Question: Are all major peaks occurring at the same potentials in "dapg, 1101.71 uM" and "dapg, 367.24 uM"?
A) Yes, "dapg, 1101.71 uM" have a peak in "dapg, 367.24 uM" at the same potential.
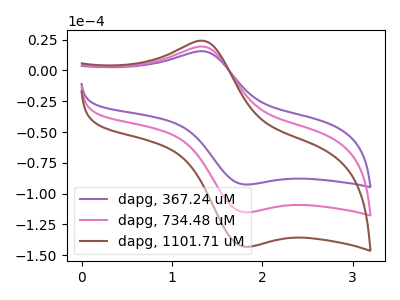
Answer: <think>The purple curve "dapg, 367.24 uM" has an anodic peak at (1.35V, 15.40uA) and a cathodic peak at (1.80V, -92.60uA). The pink curve "dapg, 734.48 uM" has an anodic peak at (1.35V, 19.15uA) and a cathodic peak at (1.80V, -115.10uA). The brown curve "dapg, 1101.71 uM" has an anodic peak at (1.35V, 38.30uA) and a cathodic peak at (1.80V, -230.20uA).</think>
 <answer>A) Yes, "dapg, 1101.71 uM" have a peak in "dapg, 367.24 uM" at the same potential.</answer>
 <eval>A</eval>